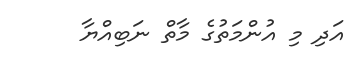
އަދި މި އުންމަތުގެ މާތް ނަބިއްޔާ